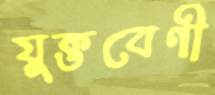
যুক্তবেণী